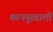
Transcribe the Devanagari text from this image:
कानपुरवाली